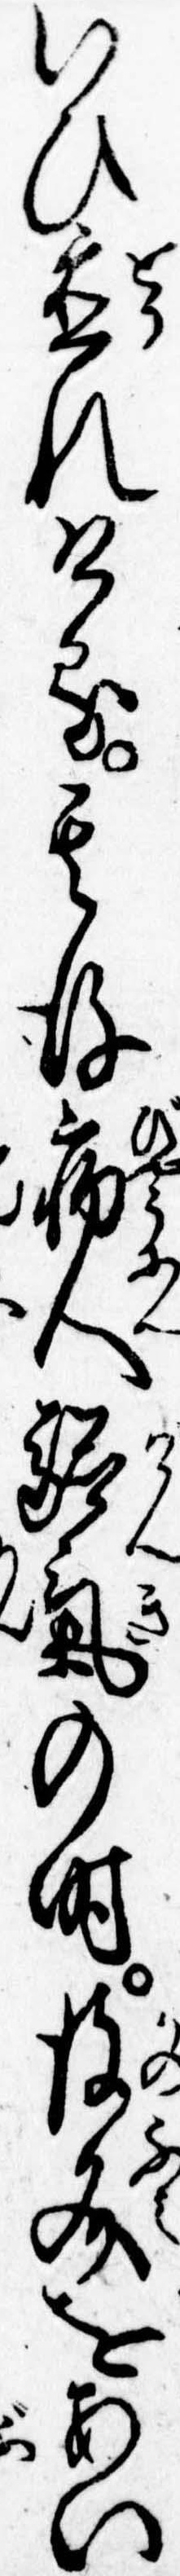
いひ置れける其後病人験気の時彼文をあい